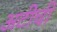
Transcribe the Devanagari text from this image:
अटीची